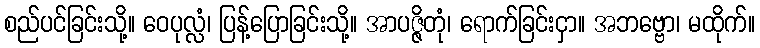
စည်ပင်ခြင်းသို့။ ဝေပုလ္လံ၊ ပြန့်ပြောခြင်းသို့။ အာပဇ္ဇိတုံ၊ ရောက်ခြင်းငှာ။ အဘဗ္ဗော၊ မထိုက်။